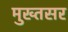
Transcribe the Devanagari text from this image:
मुख्तसर